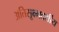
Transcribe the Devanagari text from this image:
अतिसूक्ष्मदर्शीय